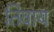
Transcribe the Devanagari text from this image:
तिवाय